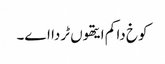
کوخ دا کم ایتھوں ٹردا اے۔